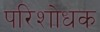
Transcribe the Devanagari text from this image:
परिशोधक